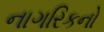
નાગરિકનો